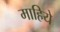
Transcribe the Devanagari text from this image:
माहिये